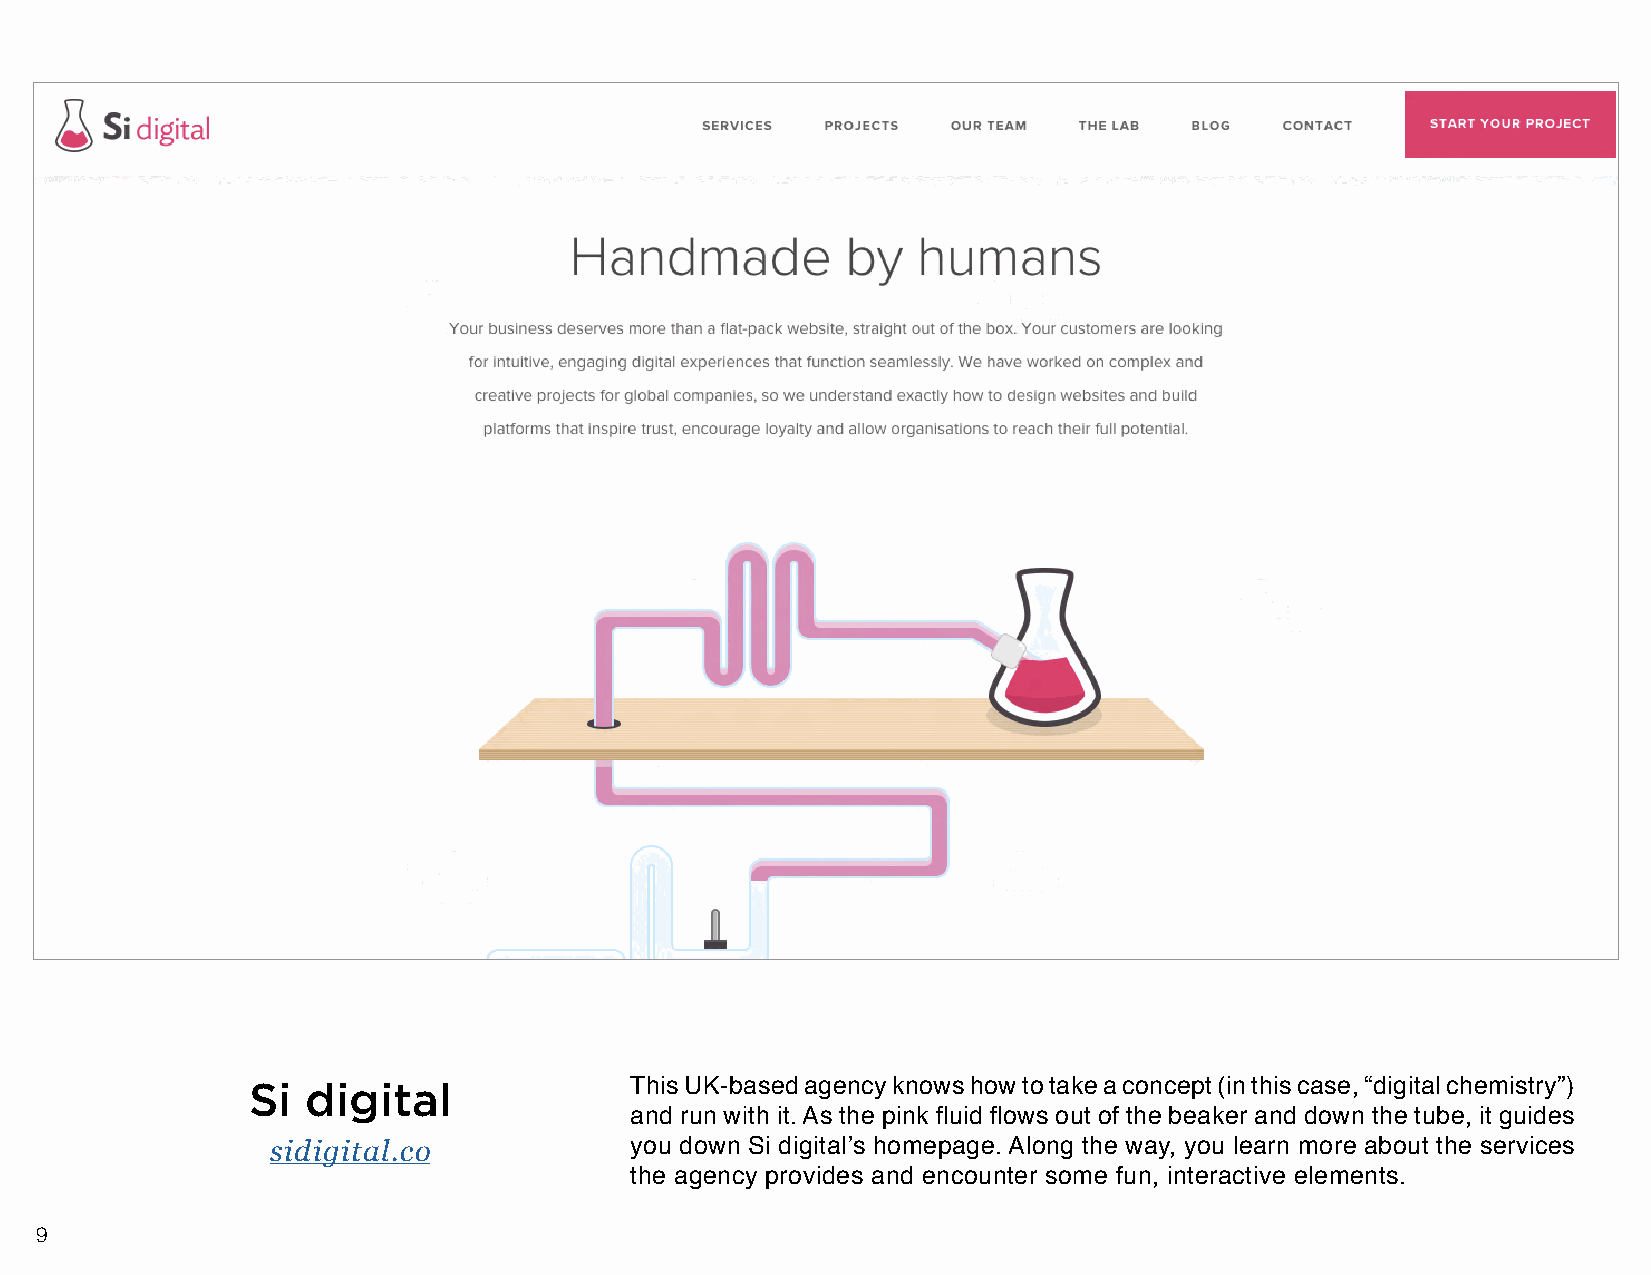
Si  digital               This UK-based agency knows how to take a concept (in this case, “digital chemistry”)
 and run with it. As the pink fluid flows out of the beaker and down the tube, it guides
 sidigital.co            you down Si digital’s homepage. Along the way, you learn more about the services
 the agency provides and encounter some fun, interactive elements.
 9